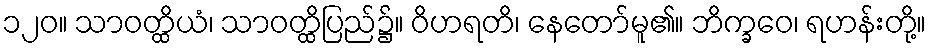
၁၂၀။ သာဝတ္ထိယံ၊ သာဝတ္ထိပြည်၌။ ဝိဟရတိ၊ နေတော်မူ၏။ ဘိက္ခဝေ၊ ရဟန်းတို့။